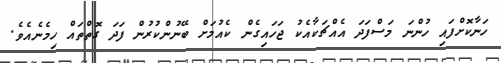
ހަނާކޮށްފައި ހުންނަ މަސްފަދަ އެއްޗަކާއެކު ޖަހައިގެން ކެއުމަށް ބޭނުންކުރުން ފަދަ ގޮތްތައް ހިމެނެއެވެ.